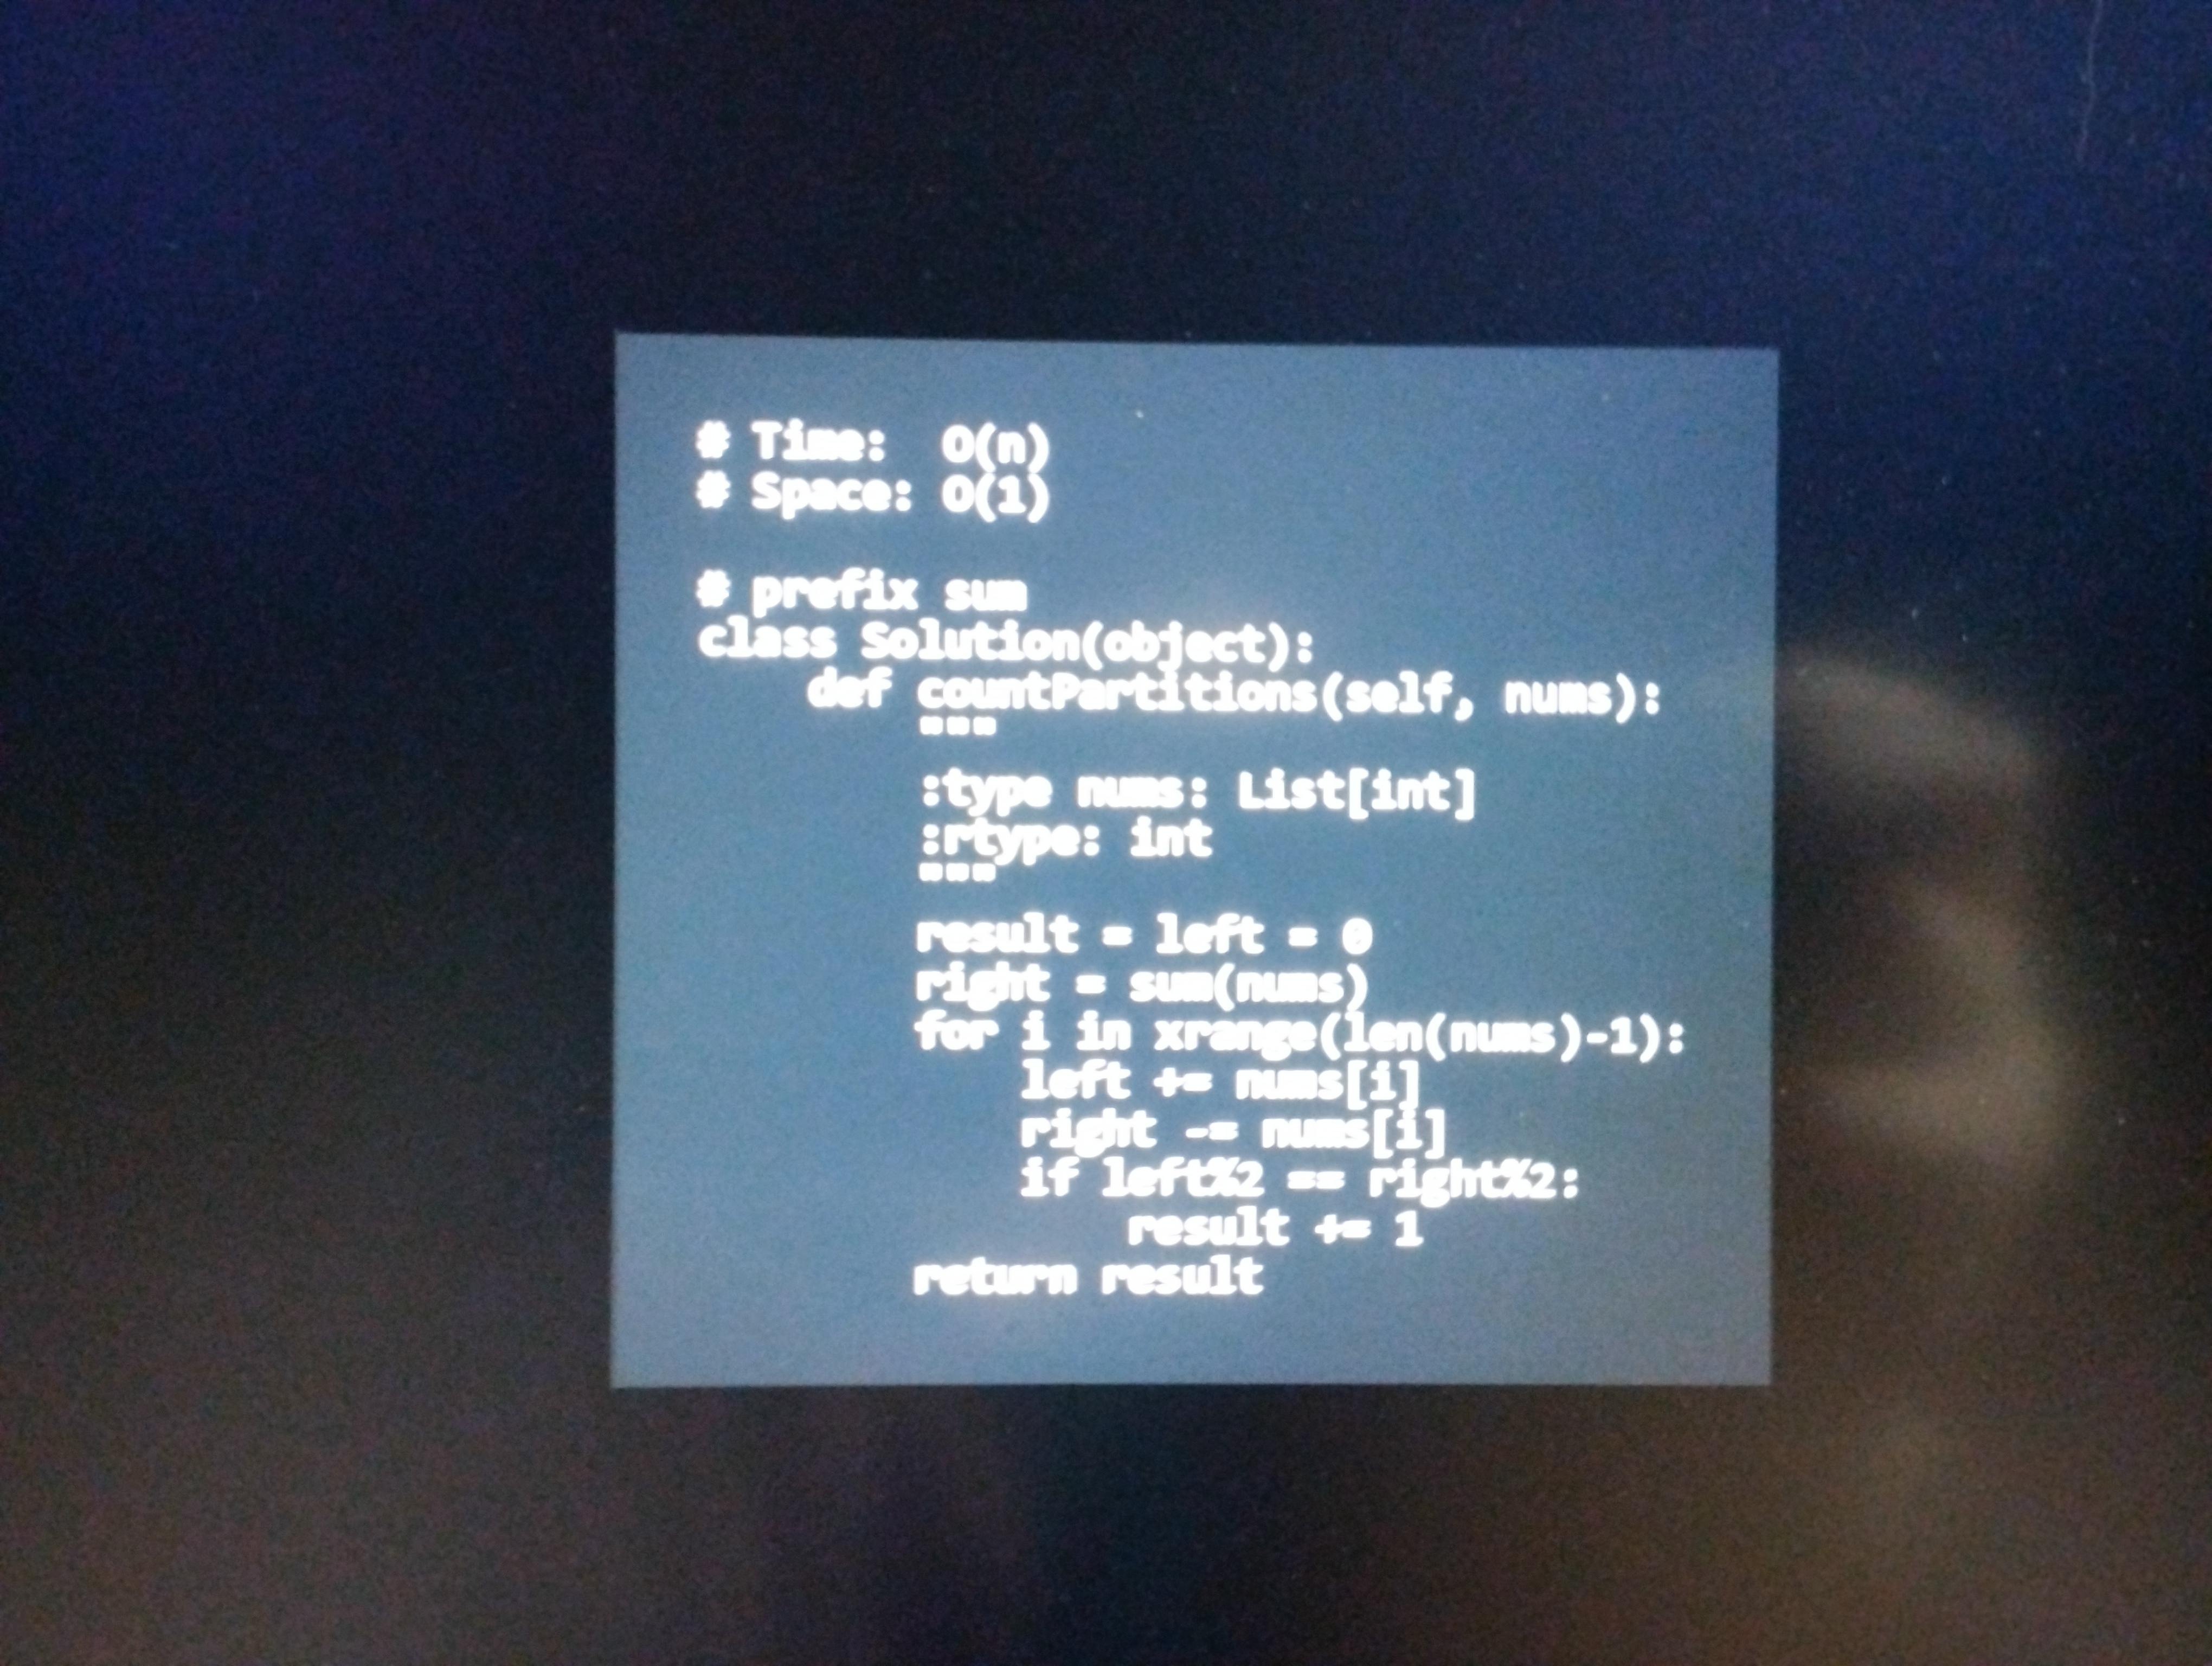
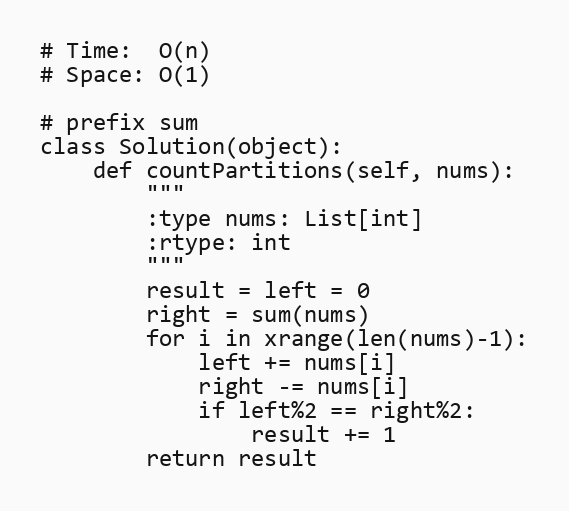
# Time:  O(n)
# Space: O(1)

# prefix sum
class Solution(object):
    def countPartitions(self, nums):
        """
        :type nums: List[int]
        :rtype: int
        """
        result = left = 0
        right = sum(nums)
        for i in xrange(len(nums)-1):
            left += nums[i]
            right -= nums[i]
            if left%2 == right%2:
                result += 1
        return result